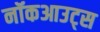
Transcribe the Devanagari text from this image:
नॉकआउट्स